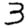
Digit: 3